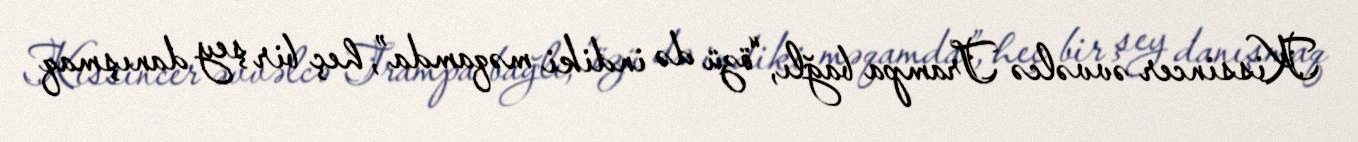
Kissincer əvvəlcə Trampa bağlı, “özü də indiki məqamda”, heç bir şey danışmaq